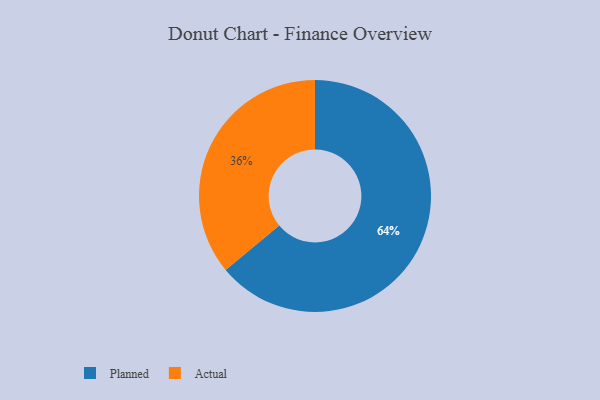
{"axis": {"x": "Category", "y": "Percentage"}, "legend": ["Actual", "Planned"], "data": [{"x": "Planned", "y": 64, "type": "Planned"}, {"x": "Actual", "y": 36, "type": "Actual"}]}